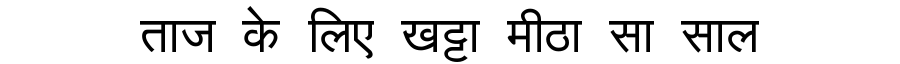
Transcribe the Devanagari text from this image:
ताज के लिए खट्टा मीठा सा साल